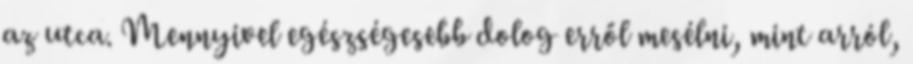
az utca. Mennyivel egészségesebb dolog erről mesélni, mint arról,